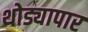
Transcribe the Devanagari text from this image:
थोड्यापार